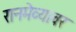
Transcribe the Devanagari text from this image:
रानमेव्यावर